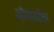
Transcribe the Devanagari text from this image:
औदार्याचा